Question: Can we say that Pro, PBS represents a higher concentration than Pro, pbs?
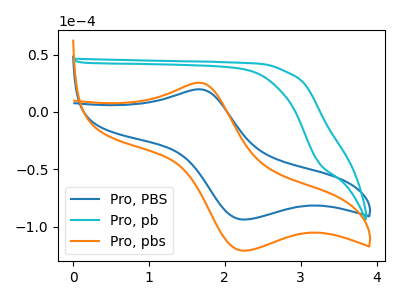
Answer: <think>The blue curve "Pro, PBS" has an anodic peak at (1.65V, 19.75uA) and a cathodic peak at (2.25V, -93.90uA). The cyan curve "Pro, pb" has no peaks. The orange curve "Pro, pbs" has an anodic peak at (1.65V, 25.50uA) and a cathodic peak at (2.25V, -121.10uA).
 All the peaks in "Pro, PBS" have a peak in "Pro, pbs" at the same potential. Every peak in "Pro, PBS" is lower than every peak in "Pro, pbs".</think>
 <answer>"Pro, PBS" has less signal than "Pro, pbs" and so likely has a lower concentration.</answer>
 <eval>less_concentration</eval>